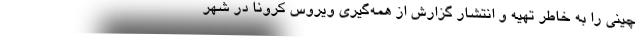
چینی را به خاطر تهیه و انتشار گزارش از همه‌گیری ویروس کرونا در شهر